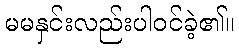
မမနှင်းလည်းပါဝင်ခဲ့၏။